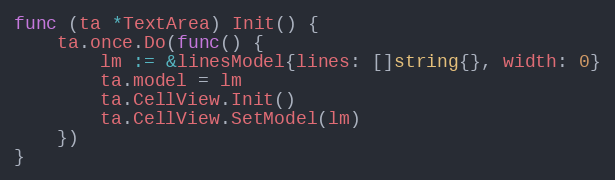
Language: Go
func (ta *TextArea) Init() {
	ta.once.Do(func() {
		lm := &linesModel{lines: []string{}, width: 0}
		ta.model = lm
		ta.CellView.Init()
		ta.CellView.SetModel(lm)
	})
}